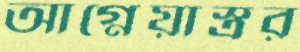
আগ্নেয়াস্ত্রর